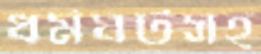
ধর্মঘটসহ